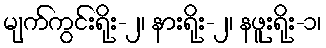
မျက်ကွင်းရိုး-၂၊ နားရိုး-၂၊ နဖူးရိုး-၁၊